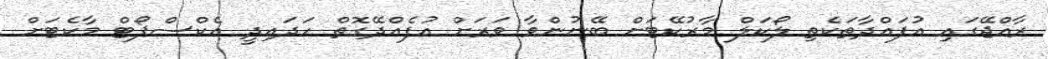
ރާއްޖޭގައި އުފައްދާތަކެތި ލޯކަލް މާރުކޭޓަށް ބޭނުންވާ ވަރަށް އުފެއްދޭގޮތް ހަދައިދީ އެކްސްޕޯޓް މާކެޓަށް